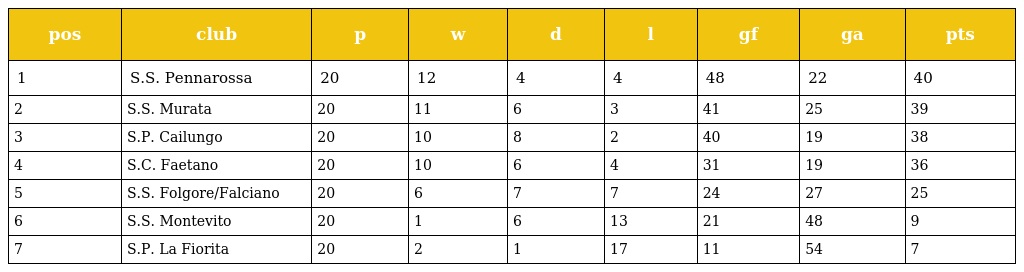
| pos | club | p | w | d | l | gf | ga | pts |
 | --- | --- | --- | --- | --- | --- | --- | --- | --- |
 | 1 | S.S. Pennarossa | 20 | 12 | 4 | 4 | 48 | 22 | 40 |
 | 2 | S.S. Murata | 20 | 11 | 6 | 3 | 41 | 25 | 39 |
 | 3 | S.P. Cailungo | 20 | 10 | 8 | 2 | 40 | 19 | 38 |
 | 4 | S.C. Faetano | 20 | 10 | 6 | 4 | 31 | 19 | 36 |
 | 5 | S.S. Folgore/Falciano | 20 | 6 | 7 | 7 | 24 | 27 | 25 |
 | 6 | S.S. Montevito | 20 | 1 | 6 | 13 | 21 | 48 | 9 |
 | 7 | S.P. La Fiorita | 20 | 2 | 1 | 17 | 11 | 54 | 7 |